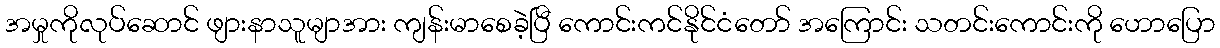
အမှုကိုလုပ်ဆောင် ဖျားနာသူမျာအား ကျန်းမာစေခဲ့ပြီ ကောင်းကင်နိုင်ငံတော် အကြောင်း သတင်းကောင်းကို ဟောပြော